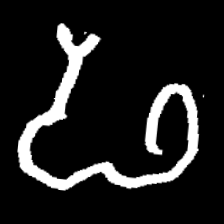
Pyu character \u2014 Myanmar letter: ဖ (romanized: pha)